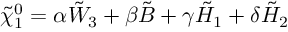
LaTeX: \tilde { \chi } _ { 1 } ^ { 0 } = \alpha \tilde { W } _ { 3 } + \beta \tilde { B } + \gamma \tilde { H } _ { 1 } + \delta \tilde { H } _ { 2 }